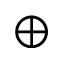
\oplus